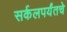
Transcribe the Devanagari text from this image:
सर्कलपर्यंतचे